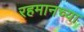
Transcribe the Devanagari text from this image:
रहमानच्या